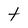
Character: t